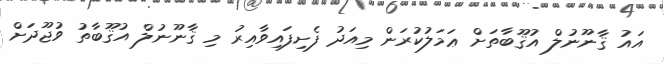
އައު ޤާނޫނުލް އުޤޫބާތަށް ޢަމަލުކުރަން މިއަދު ފެށިފައިވާއިރު މި ޤާނޫނުލް އުޤޫބާތު ވުޖޫދަށް